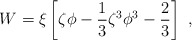
\begin{align*}W=\xi\left[\zeta\phi-{1\over 3}\zeta^3\phi^3-{2\over 3}\right]~,\end{align*}